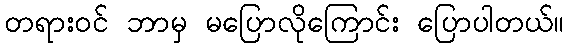
တရားဝင် ဘာမှ မပြောလိုကြောင်း ပြောပါတယ်။